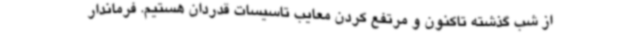
از شب گذشته تاکنون و مرتفع کردن معایب تاسیسات قدردان هستیم. فرماندار